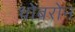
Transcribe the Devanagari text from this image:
थोबरोन